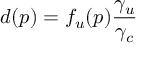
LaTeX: d ( p ) = f _ { u } ( p ) { \frac { \gamma _ { u } } { \gamma _ { c } } }